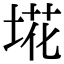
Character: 埖